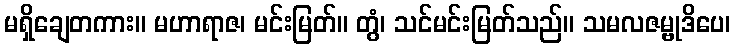
မရှိချေတကား။ မဟာရာဇ၊ မင်းမြတ်။ တွံ၊ သင်မင်းမြတ်သည်။ သမလဇမ္ဗုဒိပေ၊